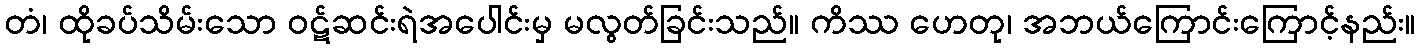
တံ၊ ထိုခပ်သိမ်းသော ဝဋ်ဆင်းရဲအပေါင်းမှ မလွတ်ခြင်းသည်။ ကိဿ ဟေတု၊ အဘယ်ကြောင်းကြောင့်နည်း။